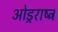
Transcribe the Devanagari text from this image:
ओड्रराष्ट्र